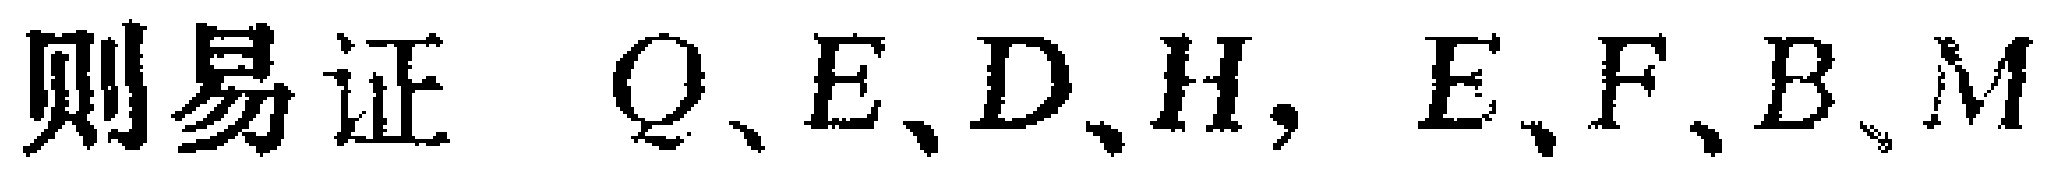
则易证 \(Q、E、D、H\)，\(E、F、B、M\)